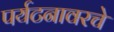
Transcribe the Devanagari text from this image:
पर्यटनावरचे